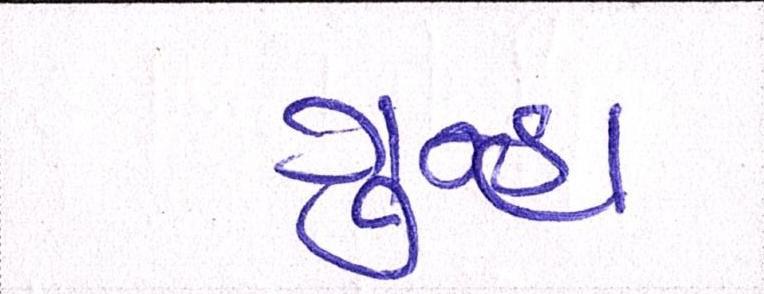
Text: ગુન્હા